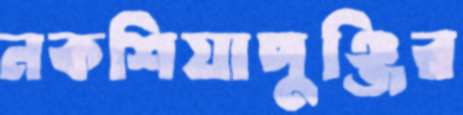
নকশিয়াপুঞ্জির